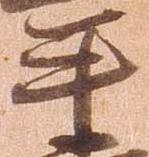
平